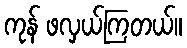
ကုန် ဖလှယ်ကြတယ်။